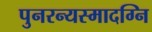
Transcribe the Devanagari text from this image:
पुनरन्यस्मादग्नि